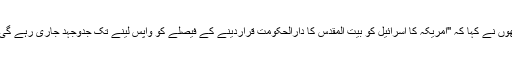
اُنھوں نے کہا کہ ''امریکہ کا اسرائیل کو بیت المقدس کا دارالحکومت قراردینے کے فیصلے کو واپس لینے تک جدوجہد جاری رہے گی''۔